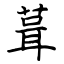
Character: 葺